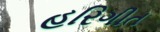
હરિગીત